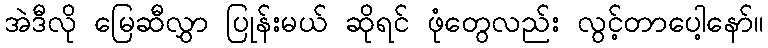
အဲဒီလို မြေဆီလွှာ ပြုန်းမယ် ဆိုရင် ဖုံတွေလည်း လွင့်တာပေါ့နော်။